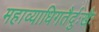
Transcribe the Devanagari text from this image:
महाव्याधिगतैर्दुःखैः